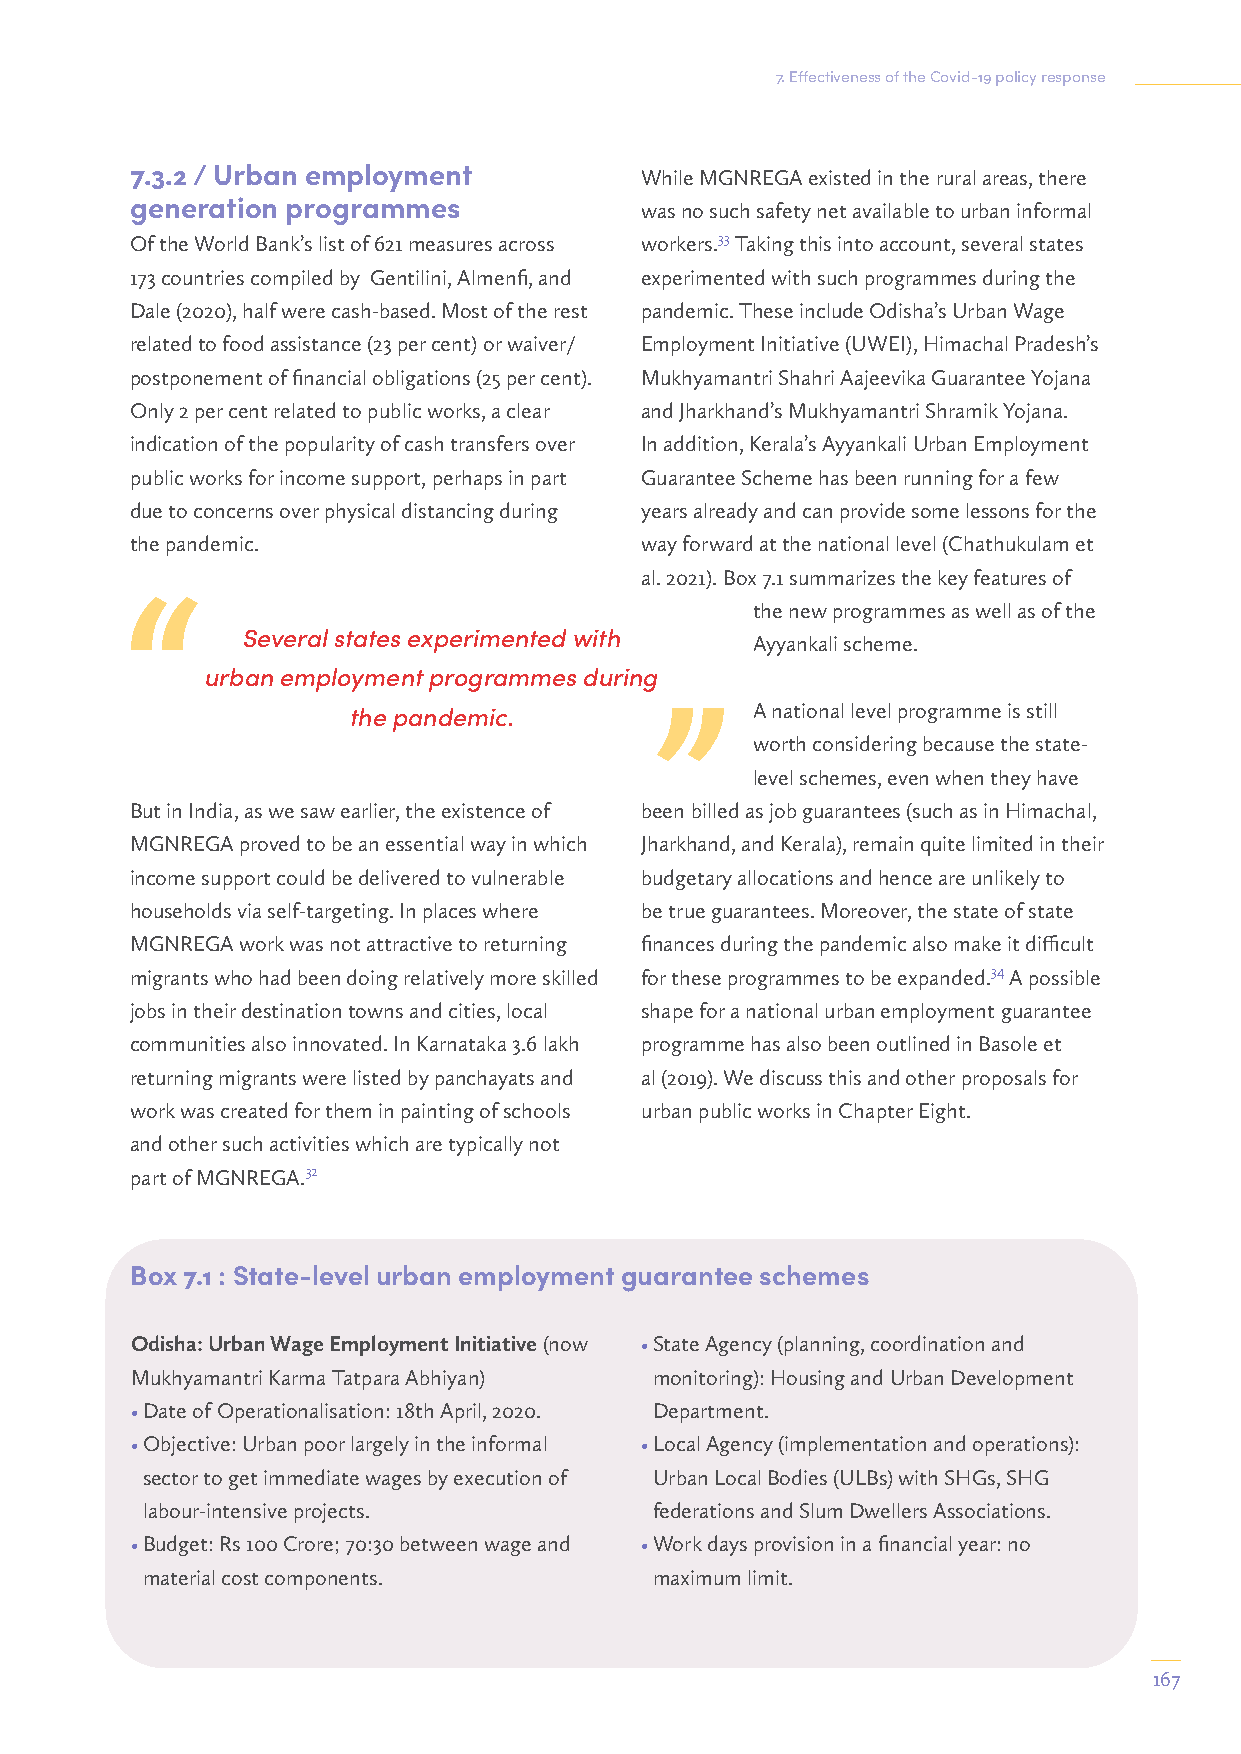
7. Effectiveness of the Covid-19 policy response
 7.3.2 / Urban employment         While MGNREGA existed in the rural areas, there
 generation programmes            was no such safety net available to urban informal
 Of the World Bank’s list of 621 measures across workers.33 Taking this into account, several states
 173 countries compiled by Gentilini, Almenfi, and experimented with such programmes during the
 Dale (2020), half were cash-based. Most of the rest pandemic. These include Odisha’s Urban Wage
 related to food assistance (23 per cent) or waiver/ Employment Initiative (UWEI), Himachal Pradesh’s
 postponement of financial obligations (25 per cent). Mukhyamantri Shahri Aajeevika Guarantee Yojana
 Only 2 per cent related to public works, a clear and Jharkhand’s Mukhyamantri Shramik Yojana.
 indication of the popularity of cash transfers over In addition, Kerala’s Ayyankali Urban Employment
 public works for income support, perhaps in part Guarantee Scheme has been running for a few
 due to concerns over physical distancing during years already and can provide some lessons for the
 the pandemic.                    way forward at the national level (Chathukulam et
 al. 2021). Box 7.1 summarizes the key features of
 the new programmes as well as of the
 Several states experimented with
 Ayyankali scheme.
 urban employment programmes during
 the pandemic.              A national level programme is still
 worth considering because the state-
 level schemes, even when they have
 But in India, as we saw earlier, the existence of been billed as job guarantees (such as in Himachal,
 MGNREGA proved to be an essential way in which Jharkhand, and Kerala), remain quite limited in their
 income support could be delivered to vulnerable budgetary allocations and hence are unlikely to
 households via self-targeting. In places where be true guarantees. Moreover, the state of state
 MGNREGA work was not attractive to returning finances during the pandemic also make it difficult
 migrants who had been doing relatively more skilled for these programmes to be expanded.34 A possible
 jobs in their destination towns and cities, local shape for a national urban employment guarantee
 communities also innovated. In Karnataka 3.6 lakh programme has also been outlined in Basole et
 returning migrants were listed by panchayats and al (2019). We discuss this and other proposals for
 work was created for them in painting of schools urban public works in Chapter Eight.
 and other such activities which are typically not
 part of MGNREGA.32
 Box 7.1 : State-level urban employment guarantee schemes
 Odisha: Urban Wage Employment Initiative (now • State Agency (planning, coordination and
 Mukhyamantri Karma Tatpara Abhiyan) monitoring): Housing and Urban Development
 • Date of Operationalisation: 18th April, 2020. Department.
 • Objective: Urban poor largely in the informal • Local Agency (implementation and operations):
 sector to get immediate wages by execution of Urban Local Bodies (ULBs) with SHGs, SHG
 labour-intensive projects.        federations and Slum Dwellers Associations.
 • Budget: Rs 100 Crore; 70:30 between wage and • Work days provision in a financial year: no
 material cost components.         maximum limit.
 167